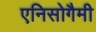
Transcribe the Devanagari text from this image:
एनिसोगैमी